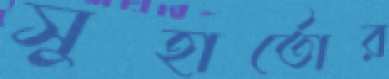
সুহার্তোর